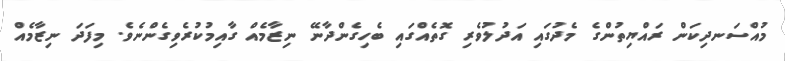
މުއްސަނދިކަން ރައްޔިތުންގެ މެދުގައި އަދުލުވެރި ގޮތެއްގައި ބެހިގެންދާނޭ ނިޒާމެއް ގާއިމުކުރެވިގެންނެވެ. މިފަދަ ނިޒާމެއް